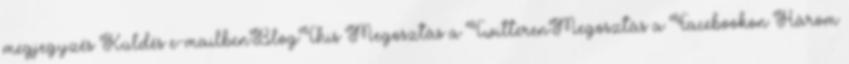
megjegyzés Küldés e-mailbenBlogThis Megosztás a TwitterenMegosztás a Facebookon Három